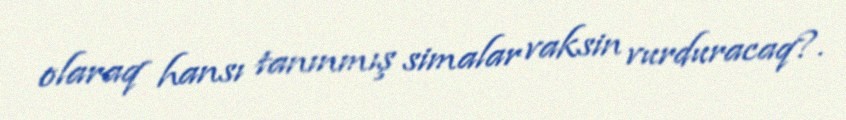
olaraq hansı tanınmış simalar vaksin vurduracaq?.